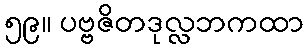
၅၉။ ပဗ္ဗဇိတဒုလ္လဘကထာ